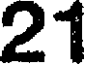
21